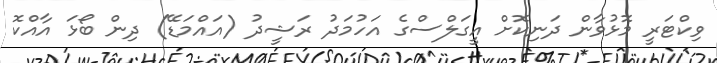
ވިކްޓަރީ މޮޅުވާން ދަނިކޮށް އީގަލްސްގެ އަހުމަދު ރަޝީދު (އައްމަޑޭ) ދިން ބޯޅަ އާއްކޮ